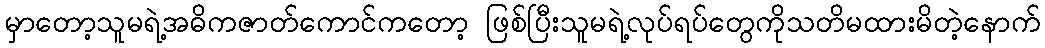
မှာတော့သူမရဲ့အဓိကဇာတ်ကောင်ကတော့ ဖြစ်ပြီးသူမရဲ့လုပ်ရပ်တွေကိုသတိမထားမိတဲ့နောက်